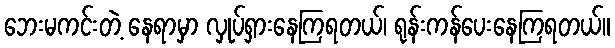
ဘေးမကင်းတဲ့ နေရာမှာ လှုပ်ရှားနေကြရတယ်၊ ရုန်းကန်ပေးနေကြရတယ်။